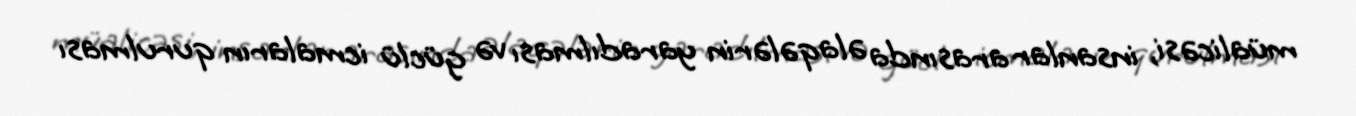
müalicəsi, insanlar arasında əlaqələrin yaradılması və güclü icmaların qurulması